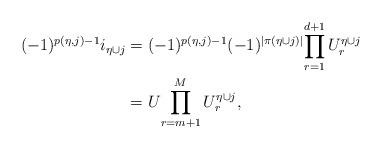
LaTeX: \begin{align*}(-1)^{p(\eta,j)-1} i_{\eta\cup j}&= (-1)^{p(\eta,j)-1} (-1)^{|\pi(\eta\cup j)|}{\prod_{r=1}^{d+1}U^{\eta\cup j}_{r}} \\&= U{\prod_{r=m+1}^M U^{\eta\cup j}_{r}}, \end{align*}